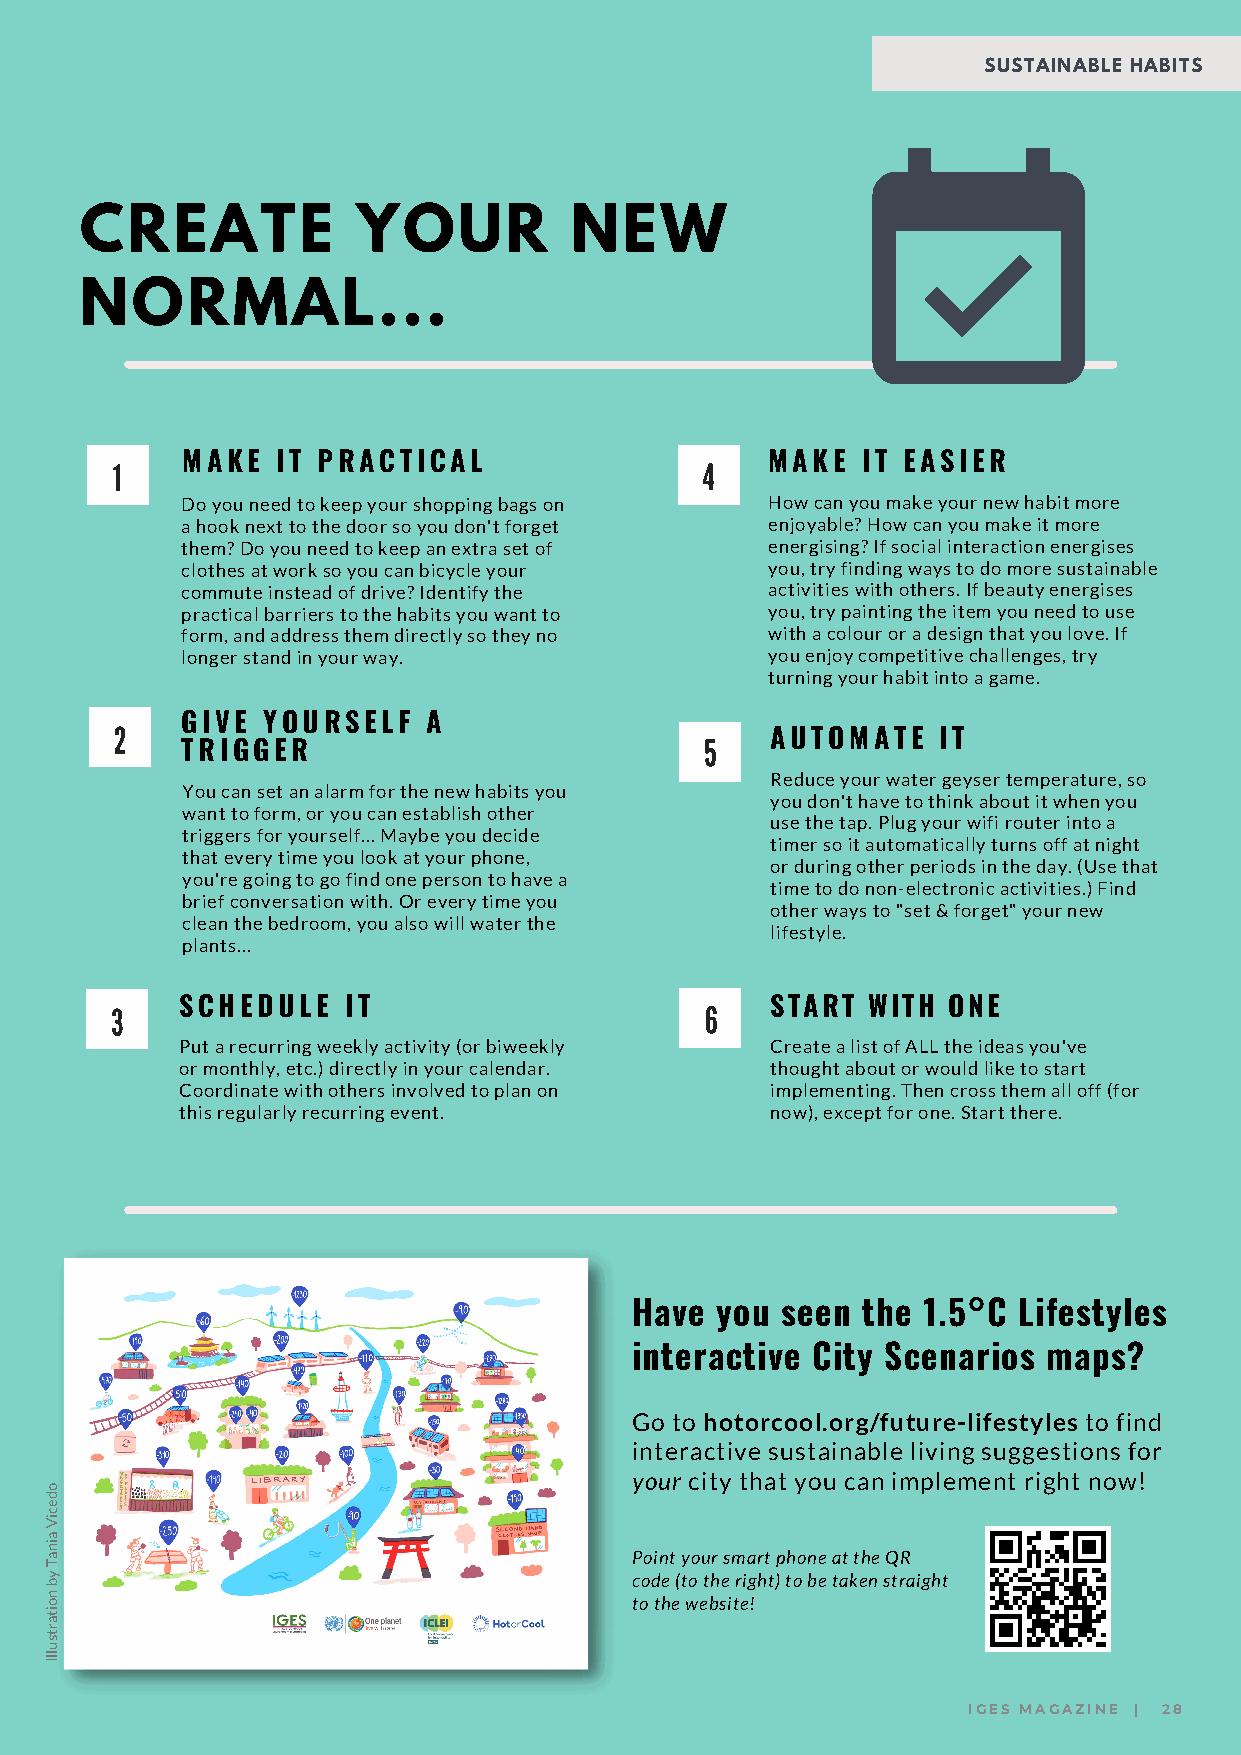
SUSTAINABLE HABITS
 CREATE             YOUR          NEW
 NORMAL...
 1    MAKE  IT PRACTICAL                4    MAKE  IT EASIER
 Do you need to keep your shopping bags on How can you make your new habit more
 a hook next to the door so you don't forget enjoyable? How can you make it more
 them? Do you need to keep an extra set of energising? If social interaction energises
 clothes at work so you can bicycle your you, try finding ways to do more sustainable
 commute instead of drive? Identify the activities with others. If beauty energises
 practical barriers to the habits you want to you, try painting the item you need to use
 form, and address them directly so they no with a colour or a design that you love. If
 longer stand in your way.              you enjoy competitive challenges, try
 turning your habit into a game.
 2   GIVE YOURSELF   A
 5   AUTOMATE   IT
 TRIGGER
 Reduce your water geyser temperature, so
 You can set an alarm for the new habits you
 you don't have to think about it when you
 want to form, or you can establish other
 use the tap. Plug your wifi router into a
 triggers for yourself... Maybe you decide
 timer so it automatically turns off at night
 that every time you look at your phone,
 or during other periods in the day. (Use that
 you're going to go find one person to have a
 time to do non-electronic activities.) Find
 brief conversation with. Or every time you
 other ways to "set & forget" your new
 clean the bedroom, you also will water the
 lifestyle.
 plants...
 3    SCHEDULE   IT                      6   START WITH  ONE
 Put a recurring weekly activity (or biweekly Create a list of ALL the ideas you've
 or monthly, etc.) directly in your calendar. thought about or would like to start
 Coordinate with others involved to plan on implementing. Then cross them all off (for
 this regularly recurring event.        now), except for one. Start there.
 Have you  seen the 1.5°C Lifestyles
 interactive City Scenarios maps?
 Go to hotorcool.org/future-lifestyles to find
 interactive sustainable living suggestions for
 your city that you can implement right now!
 o
 d
 e
 c
 Vi
 a
 ni
 a                                      Point your smart phone at the QR
 T
 by                                     code (to the right) to be taken straight
 on                                     to the website!
 ati
 str
 u
 Ill
 IGES MAGAZINE | 28